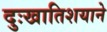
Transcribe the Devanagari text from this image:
दुःखातिशयाने